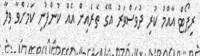
ރިޕޯޓް އާއްމު ކުރި ދުވަސްވަރު އޭގެ ތެރެއިން އެއް ކުންފުނި ކަމަށްވާ ވިލާ